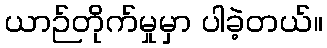
ယာဉ်တိုက်မှုမှာ ပါခဲ့တယ်။